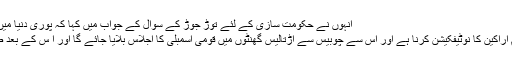
انہوں نے حکومت سازی کے لئے توڑ جوڑ کے سوال کے جواب میں کہا کہ پوری دنیا میں حکومت سازی کیلئے ایسا ہوتا ہے ،
دس اگست تک الیکشن کمیشن نے تمام اراکین کا نوٹیفکیشن کرنا ہے اور اس سے چوبیس سے اڑتالیس گھنٹوں میں قومی اسمبلی کا اجلاس بلایا جائے گا اور ا س کے بعد صوبائی اسمبلیوں کے اجلاس ہوں گے۔